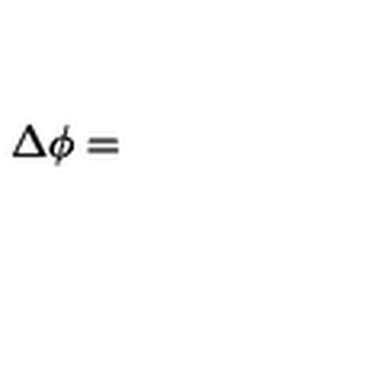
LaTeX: \Delta \phi =